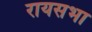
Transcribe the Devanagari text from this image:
रायसभा